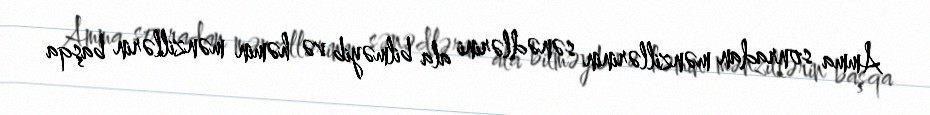
Amma sonradan mənzillərinin sənədlərini ala bilməyib və həmin mənzillərin başqa